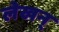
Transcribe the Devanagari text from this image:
लेखन्